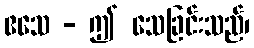
ဧသေ - ဤ သေခြင်းသည်၊